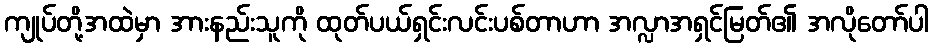
ကျုပ်တို့အထဲမှာ အားနည်းသူကို ထုတ်ပယ်ရှင်းလင်းပစ်တာဟာ အလ္လာအရှင်မြတ်၏ အလိုတော်ပါ